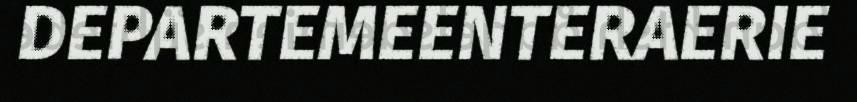
DEPARTEMEENTERAERIE